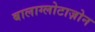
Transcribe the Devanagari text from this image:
बालाग्लोटाज़ोन